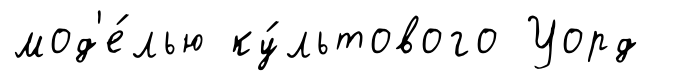
мод'е́лью ку́льтового Уорд